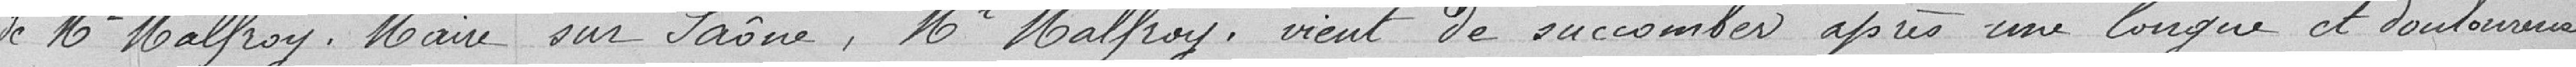
de Mr Malfroy, Maire sur Saône, Mr Malfroy, vient de succomber après une longue et douloureuse